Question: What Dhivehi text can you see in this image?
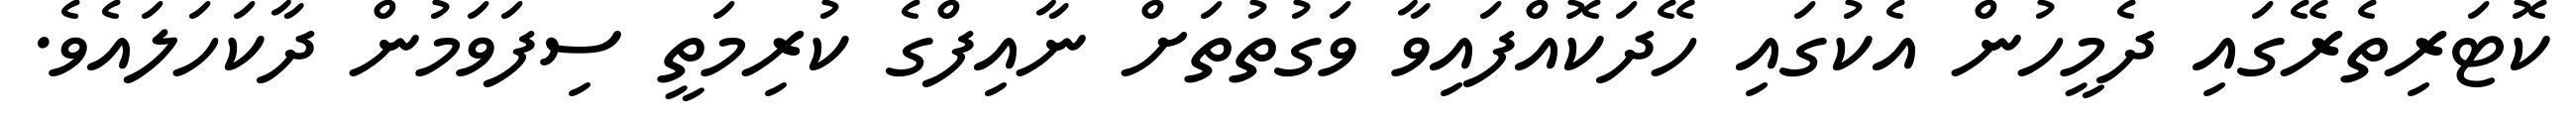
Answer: ކޮޓަރިތެރޭގައި ދެމީހުން އެކުގައި ހޭދަކޮއްފައިވާ ވަގުތުތަށް ނާއިފްގެ ކުރިމަތީ ސިފަވަމުން ދާކަހަލައެވެ.